Indian journal of veterinary science and animal husbandry - Volume 9,
Year: 1939
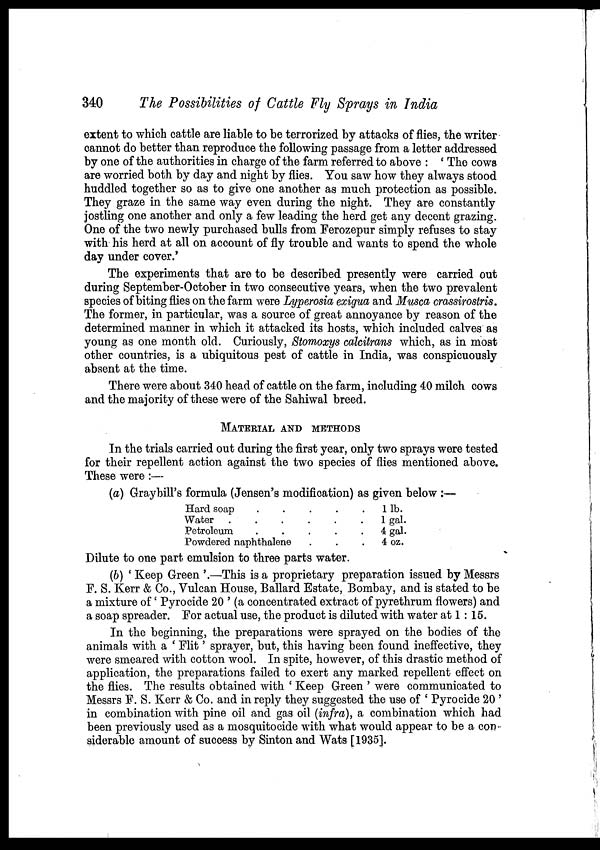
340
The Possibilities of Cattle Fly Sprays in India
extent to which cattle are liable to be terrorized by attacks of flies, the writer
cannot do better than reproduce the following passage from a letter addressed
by one of the authorities in charge of the farm referred to above : ' The cows
are worried both by day and night by flies. You saw how they always stood
huddled together so as to give one another as much protection as possible.
They graze in the same way even during the night. They are constantly
jostling one another and only a few leading the herd get any decent grazing.
One of the two newly purchased bulls from Ferozepur simply refuses to stay
with his herd at all on account of fly trouble and wants to spend the whole
day under cover.'
The experiments that are to be described presently were carried out
during September-October in two consecutive years, when the two prevalent
species of biting flies on the farm were Lyperosia exigua and Musca crassirostris.
The former, in particular, was a source of great annoyance by reason of the
determined manner in which it attacked its hosts, which included calves as
young as one month old. Curiously, Stomoxys calcitrans which, as in most
other countries, is a ubiquitous pest of cattle in India, was conspicuously
absent at the time.
There were about 340 head of cattle on the farm, including 40 milch cows
and the majority of these were of the Sahiwal breed.
MATERIAL AND METHODS
In the trials carried out during the first year, only two sprays were tested
for their repellent action against the two species of flies mentioned above.
These were :—
(a) Graybill's formula (Jensen's modification) as given below :—
Hard soap
Water .
Petroleum
.
.
.
.
.
.
Powdered naphthalene
.
.
.
.
.
.
.
.
.
.
.
.
1 lb.
1 gal.
4 gal.
4 oz.
Dilute to one part emulsion to three parts water.
(b) ' Keep Green '.—This is a proprietary preparation issued by Messrs
F. S. Kerr & Co., Vulcan House, Ballard Estate, Bombay, and is stated to be
a mixture of 'Pyrocide 20 ' (a concentrated extract of pyrethrum flowers) and
a soap spreader. For actual use, the product is diluted with water at 1 : 15.
In the beginning, the preparations were sprayed on the bodies of the
animals with a ' Flit' sprayer, but, this having been found ineffective, they
were smeared with cotton wool. In spite, however, of this drastic method of
application, the preparations failed to exert any marked repellent effect on
the flies. The results obtained with ' Keep Green ' were communicated to
Messrs F. S. Kerr & Co. and in reply they suggested the use of ' Pyrocide 20 '
in combination with pine oil and gas oil (infra), a combination which had
been previously used as a mosquitocide with what would appear to be a con-
siderable amount of success by Sinton and Wats [1935].